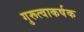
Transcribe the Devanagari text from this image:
गुरूत्वाकर्षक